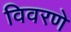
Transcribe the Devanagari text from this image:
विवरणे